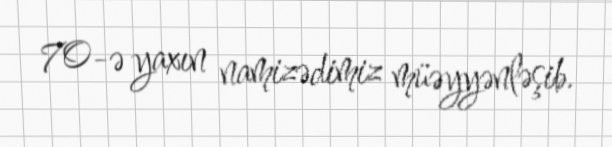
70-ə yaxın namizədimiz müəyyənləşib.